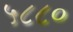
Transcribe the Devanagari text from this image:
५८८०